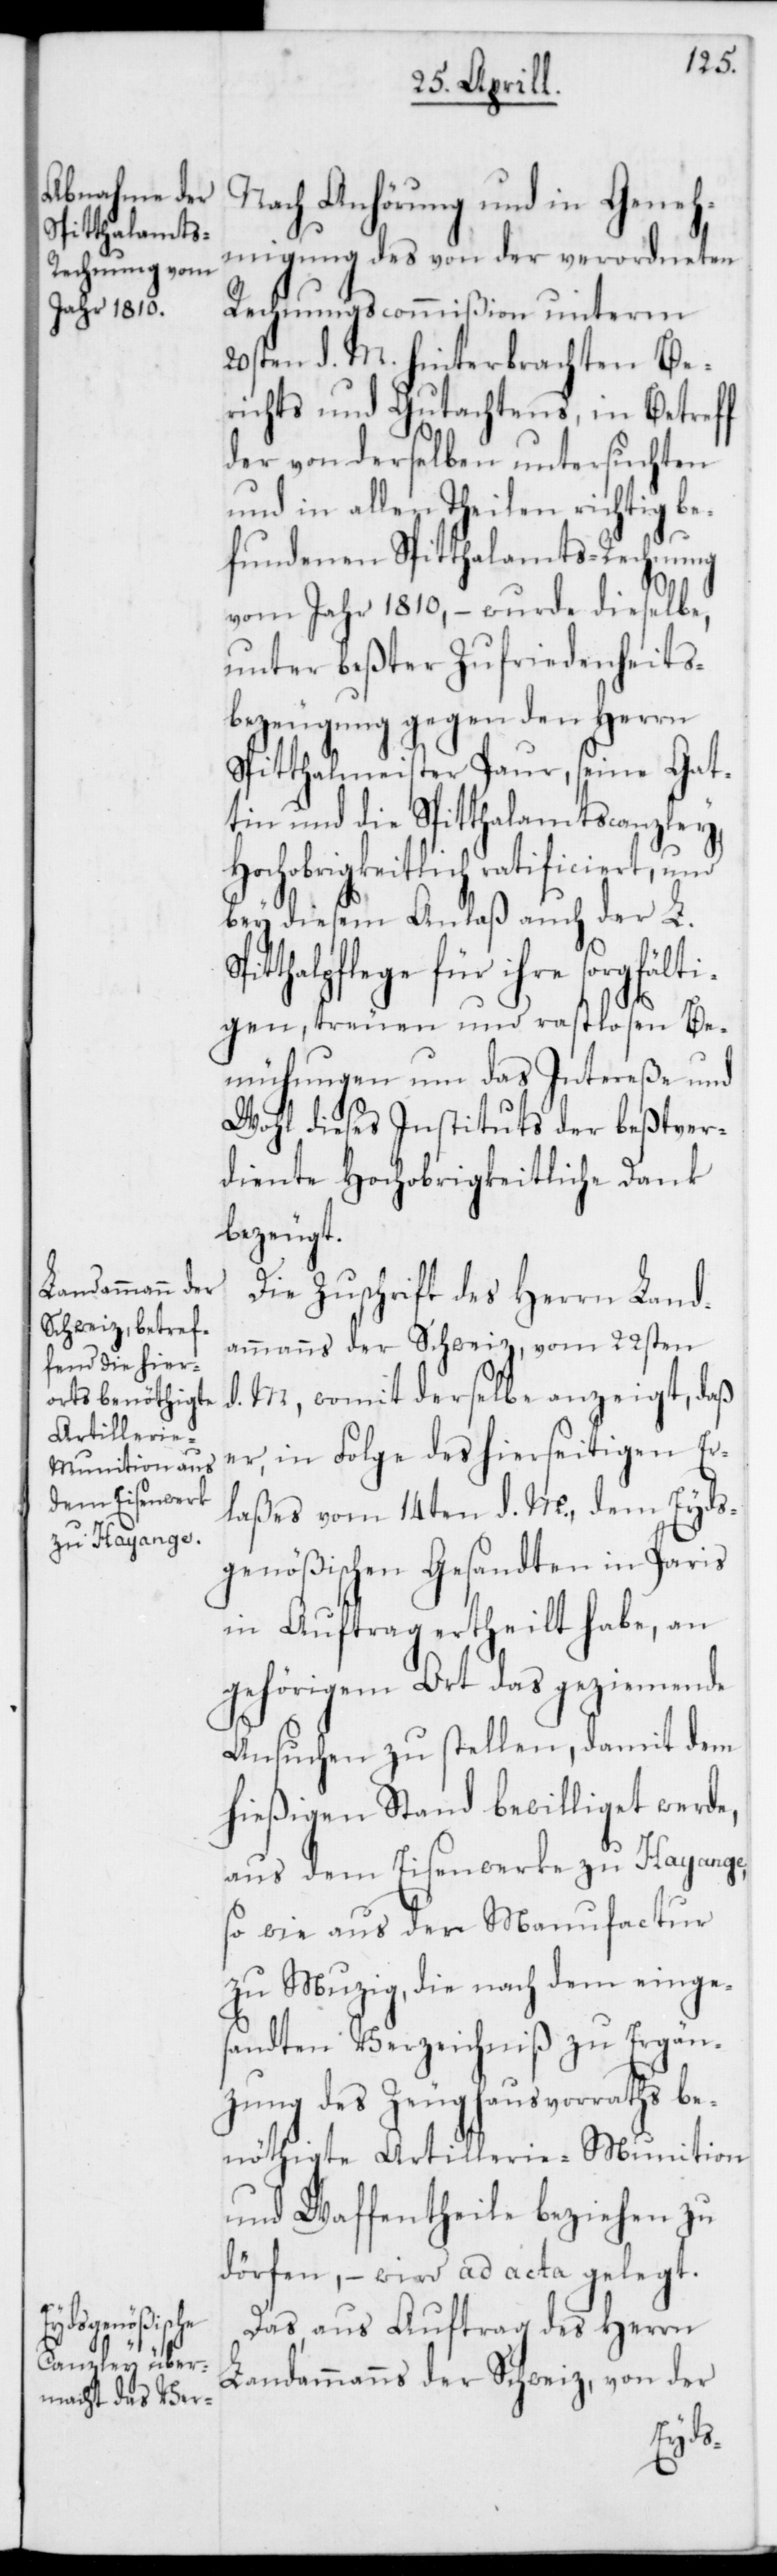
Spi¬
Nach Anhörung und in Geneh¬
migung des von der verordneten
Rechnungscommißion unterm
20sten d. M. hinterbrachten Be¬
richts und Gutachtens, in Betreff
der von derselben untersuchten
und in allen Theilen richtig be¬
fundenen Spitthalamts-Rechnung
vom Jahr 1810, – wurde dieselbe,
unter beßter Zufriedenheits¬
bezeugung gegen den Herrn
Spitthalmeister Paur, seine Gat¬
tin und die Spitthalamtscanzley,
Hochobrigkeitlich ratificiert,
bey diesem Anlaß auch der L.
tthalpflege für ihre sorgfälti¬
gen, treuen und rastlosen Be¬
mühungen um das Intereße und
Wohl dieses Instituts der beßtver¬
diente Hochobrigkeitliche Dank
bezeugt.
Die Zuschrift des Herrn Land¬
ammanns der Schweiz vom 22sten
d. M., womit derselbe anzeigt, daß
er in, Folge des hierseitigen Er¬
laßes vom 14ten d. M., dem Eyds¬
genößischen Gesandten in Paris
in Auftrag ertheilt habe, an
gehörigem Ort das geziemende
Ansuchen zu stellen, damit dem
hießigen Stand bewilliget werde,
aus dem Eisenwerke zu Hayange,
so wie aus der Manufactur
zu Muzig, die nach dem einges¬
andten Verzeichniß zu Ergän¬
zung des Zeughausvorraths be¬
nöthigte Artillerie-Munition
und Waffentheile beziehen zu
dörfen, – wird ad acta gelegt.
Das, aus Auftrag des Herrn
Landammanns der Schweiz, von der